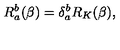
R _ { a } ^ { b } ( \beta ) = \delta _ { a } ^ { b } R _ { K } ( \beta ) ,